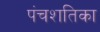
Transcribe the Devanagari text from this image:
पंचशतिका